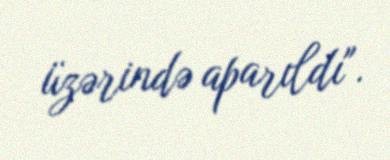
üzərində aparıldı".